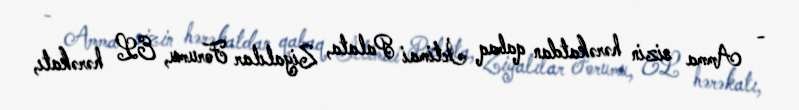
- Amma sizin hərəkatdan qabaq İctimai Palata, Ziyalılar Forumu, EL hərəkatı,